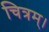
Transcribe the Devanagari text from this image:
चित्रम्।